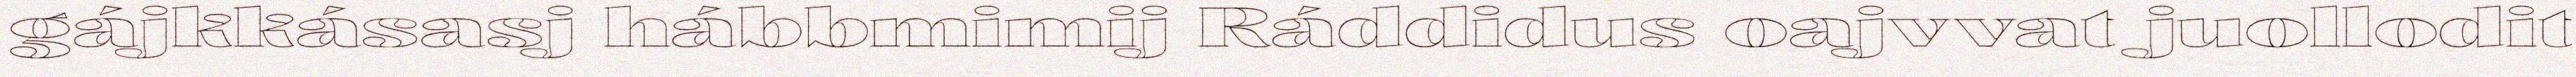
gájkkásasj hábbmimij Ráddidus oajvvat juollodit